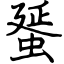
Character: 蜑